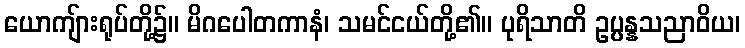
ယောကျ်ားရုပ်တို့၌။ မိဂပေါတကာနံ၊ သမင်ငယ်တို့၏။ ပုရိသာတိ ဥပ္ပန္နသညာဝိယ၊